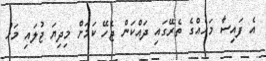
އެ ފައިސާ މަހެއްގެ ތެރޭގައި ދައްކަން ޖެހޭ ކަމަށް މިދިޔަ ޖުލައި މަހު